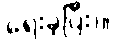
ရေးခဲ့ပြီး)။